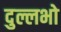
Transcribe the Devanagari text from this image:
दुल्लभो